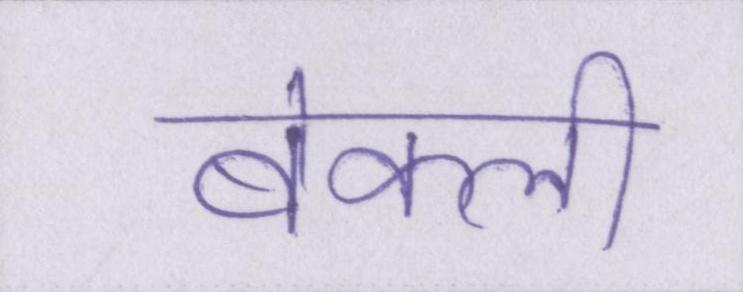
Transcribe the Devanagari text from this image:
बेकली